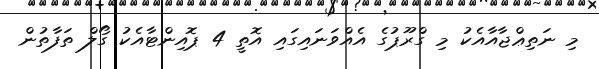
މި ނަތިޢްޖާއާއެކު މި ގްރޫޕުގެ އެއްވަނައިގައި އޮތީ 4 ޕޮއިންޓާއެކު ގޯލް ތަފާތުން